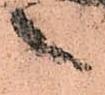
之